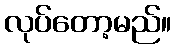
လုပ်တော့မည်။